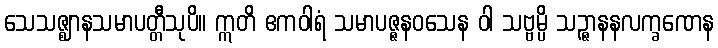
သေသဇ္ဈာနသမာပတ္တီသုပိ။ ဣတိ ဧကဝါရံ သမာပဇ္ဇနဝသေန ဝါ သဗ္ဗမ္ပိ သဉ္ဇာနနလက္ခဏေန